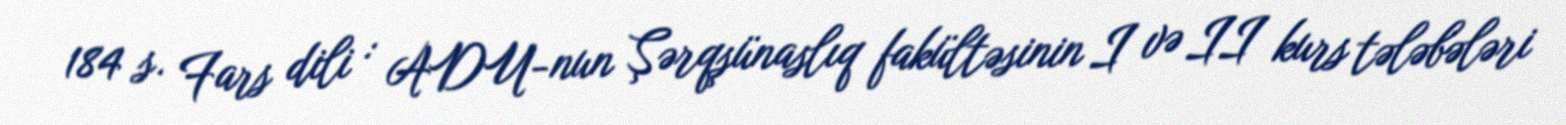
184 s. Fars dili : ADU-nun Şərqşünaslıq fakültəsinin I və II kurs tələbələri